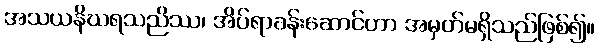
အသယနိဃရသညိဿ၊ အိပ်ရာခန်းဆောင်ဟာ အမှတ်မရှိသည်ဖြစ်၍။